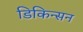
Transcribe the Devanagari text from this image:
डिकिन्‍सन